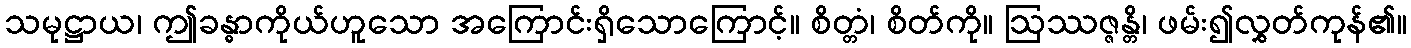
သမုဋ္ဌာယ၊ ဤခန္ဓာကိုယ်ဟူသော အကြောင်းရှိသောကြောင့်။ စိတ္တံ၊ စိတ်ကို။ ဩဿဇ္ဇန္တိ၊ ဖမ်း၍လွှတ်ကုန်၏။